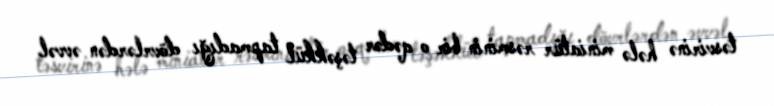
təsvirinə hələ miniatür rəsminin bir o qədər təşəkkül tapmadığı dövrlərdən əvvəl